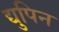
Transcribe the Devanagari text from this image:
द्युपिन